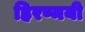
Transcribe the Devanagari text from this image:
हिरण्मयी